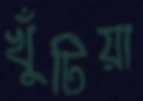
খুঁটিয়া